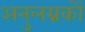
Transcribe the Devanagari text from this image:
अनुलग्नकों